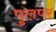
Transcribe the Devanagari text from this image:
पुलपर